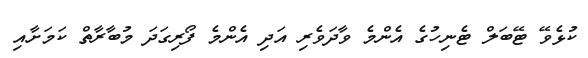
ކުޅެވޭ ޓޭބަލް ޓެނިހުގެ އެންމެ ވާދަވެރި އަދި އެންމެ ފޯރިގަދަ މުބާރާތް ކަމަށާއި